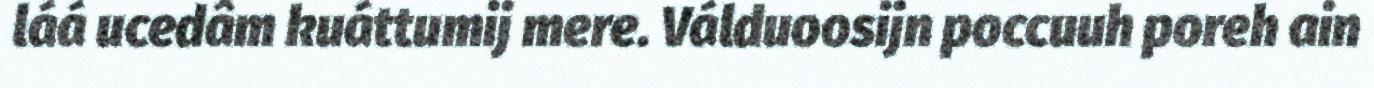
láá ucedâm kuáttumij mere. Válduoosijn poccuuh poreh ain